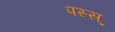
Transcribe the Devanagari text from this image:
पस्स्